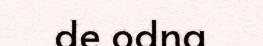
de odna